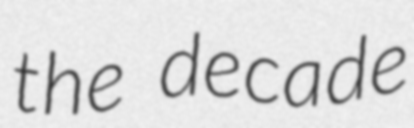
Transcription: the decade